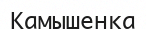
Камышенка